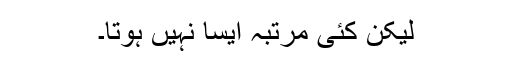
لیکن کئی مرتبہ ایسا نہیں ہوتا۔